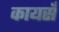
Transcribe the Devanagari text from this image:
कायसँ